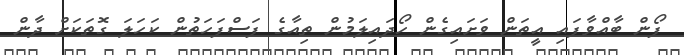
ފޯން ބާއްވާފައި އީތަން ވަށައިގެން ހޯދައިލަމުން ތިއާގެ ފަސްފަހަތުން ކަހަލަ ގޮތަކަށް ދާން